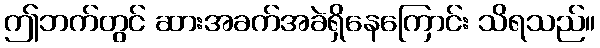
ဤဘက်တွင် ဆားအခက်အခဲရှိနေကြောင်း သိရသည်။